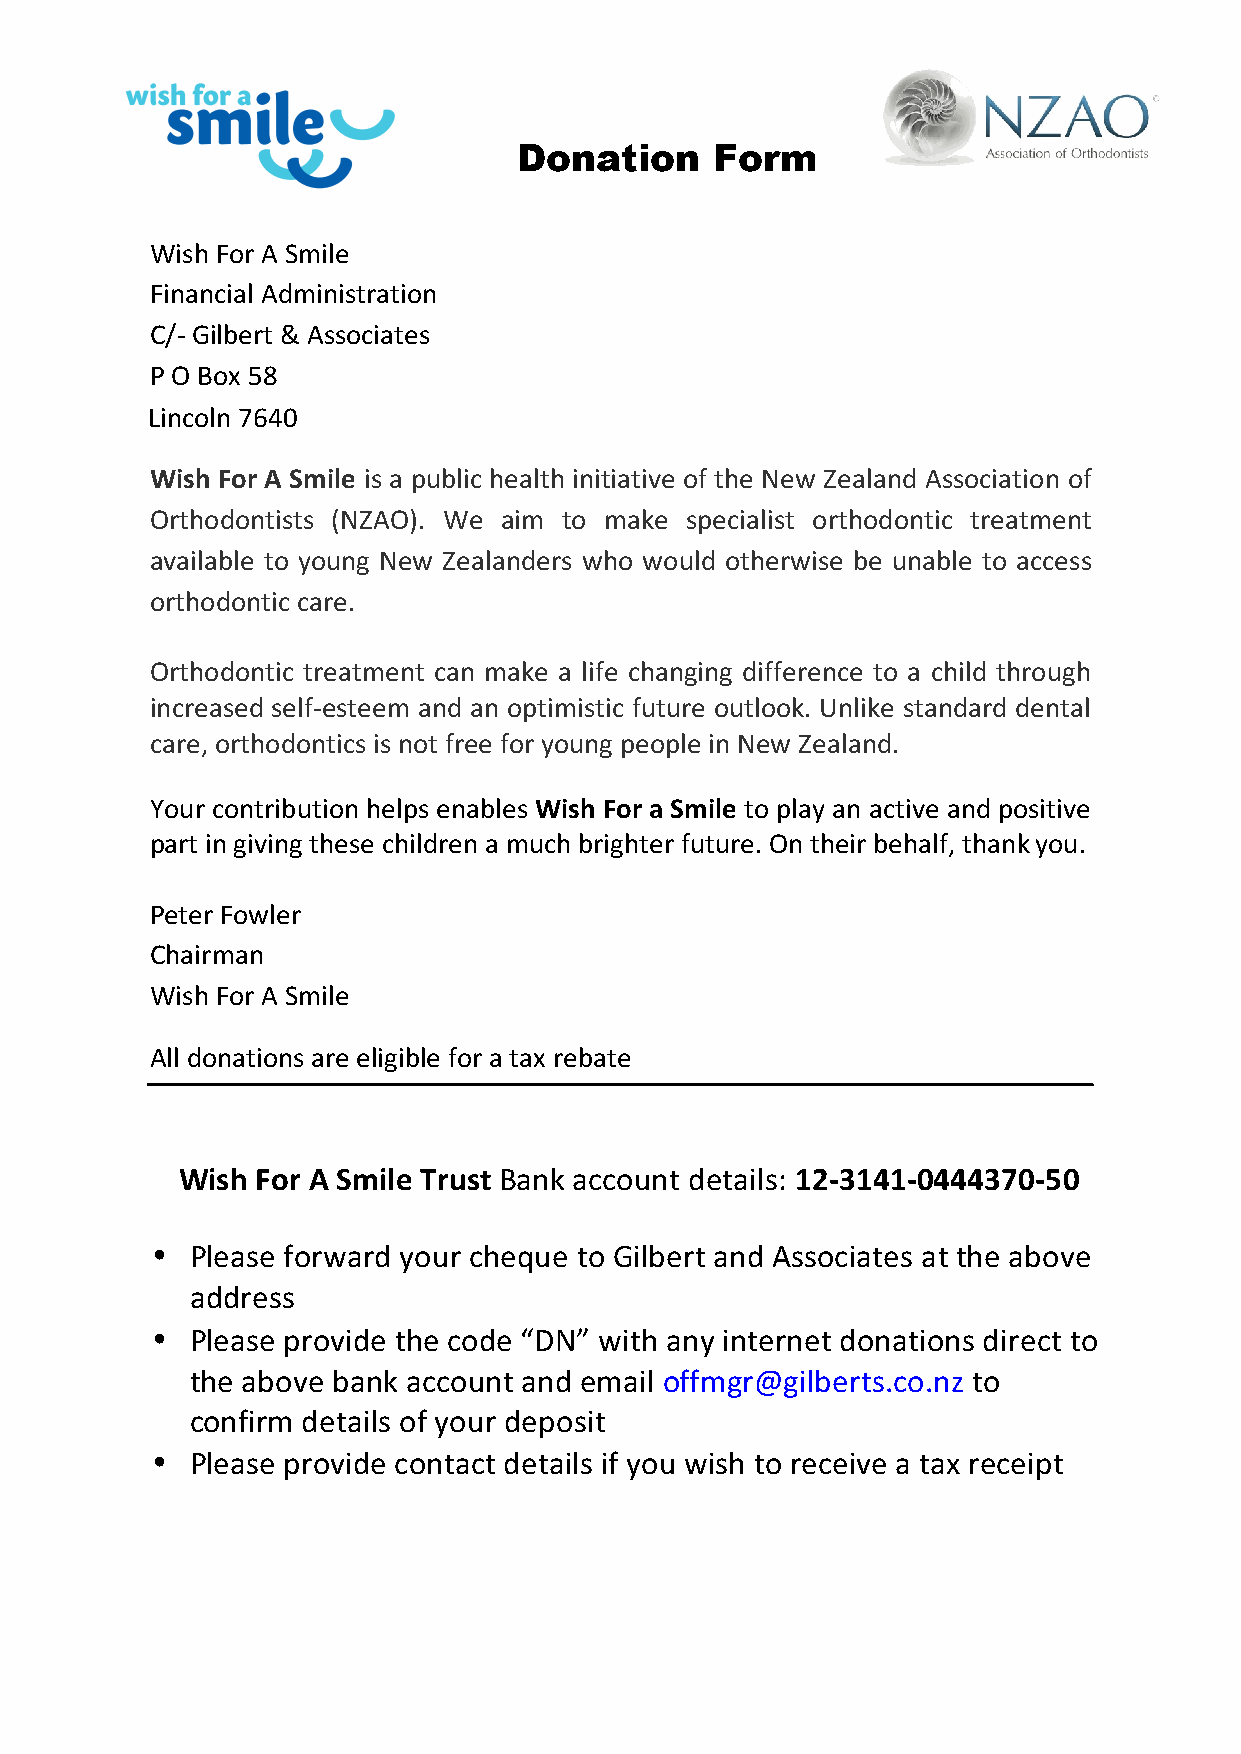
Donation     Form
 Wish For A Smile
 Financial Administration
 C/- Gilbert & Associates
 P O Box 58
 Lincoln 7640
 Wish For A Smile is a public health initiative of the New Zealand Association of
 Orthodontists (NZAO). We aim to make specialist orthodontic treatment
 available to young New Zealanders who would otherwise be unable to access
 orthodontic care.
 Orthodontic treatment can make a life changing difference to a child through
 increased self-esteem and an optimistic future outlook. Unlike standard dental
 care, orthodontics is not free for young people in New Zealand.
 Your contribution helps enables Wish For a Smile to play an active and positive
 part in giving these children a much brighter future. On their behalf, thank you.
 Peter Fowler
 Chairman
 Wish For A Smile
 All donations are eligible for a tax rebate
 Wish For A Smile Trust Bank account details: 12-3141-0444370-50
 •  Please forward your cheque to Gilbert and Associates at the above
 address
 •  Please provide the code “DN” with any internet donations direct to
 the above bank account and email offmgr@gilberts.co.nz to
 confirm details of your deposit
 •  Please provide contact details if you wish to receive a tax receipt